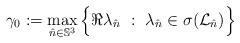
LaTeX: \begin{align*} \gamma_0 : = \max_{\hat n \in \mathbb{S}^3} \Big \{ \Re \lambda_{\hat n} ~:~ \lambda_{\hat n} \in \sigma (\mathcal{L}_{\hat n})\Big\} \end{align*}